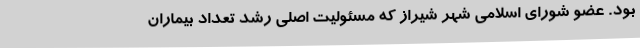
بود. عضو شورای اسلامی شهر شیراز که مسئولیت اصلی رشد تعداد بیماران